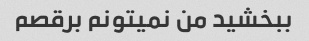
ببخشید من نمیتونم برقصم